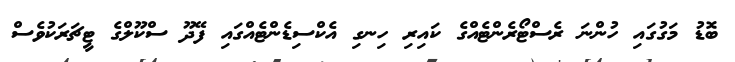
ބޮޑު މަގުގައި ހުންނަ ރެސްޓޯރެންޓެއްގެ ކައިރި ހިނގި އެކްސިޑެންޓެއްގައި ފޭދޫ ސްކޫލްގެ ޓީޗަރަކުވެސް